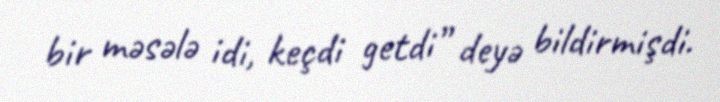
bir məsələ idi, keçdi getdi” deyə bildirmişdi.